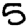
Digit: 5